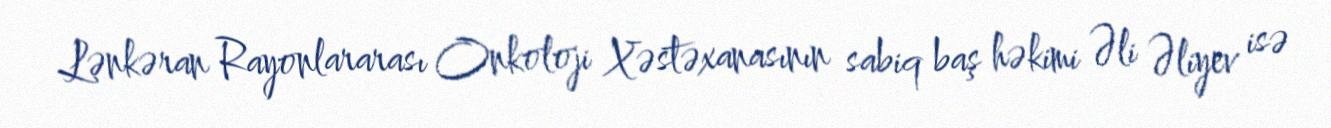
Lənkəran Rayonlararası Onkoloji Xəstəxanasının sabiq baş həkimi Əli Əliyev isə